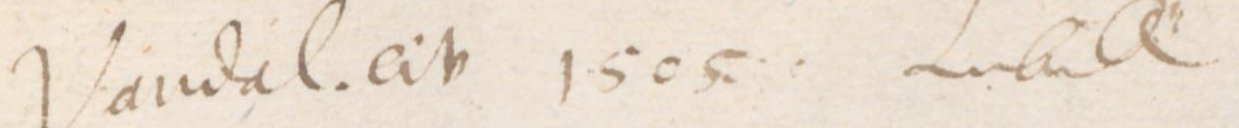
Vandal. civ 1505 Lubeck